Oriental or Dehli sore - Number 13
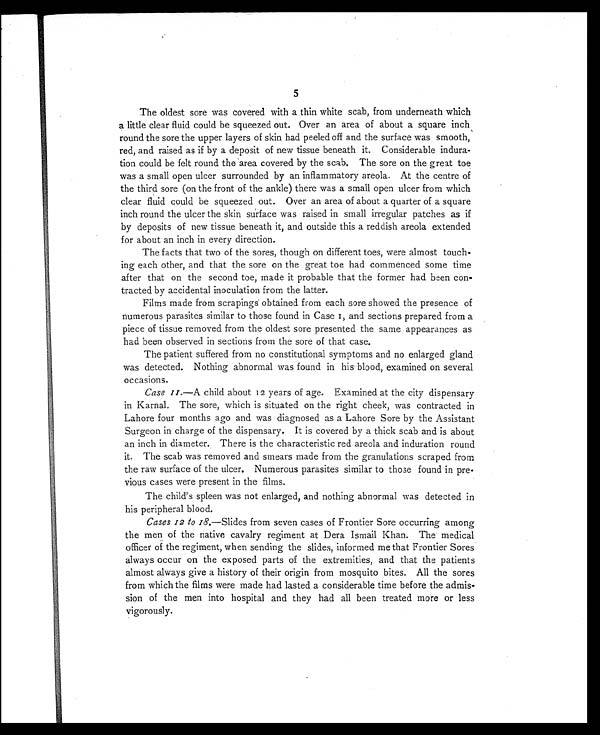
5
The oldest sore was covered with a thin white scab, from underneath which
a little clear fluid could be squeezed out. Over an area of about a square inch
round the sore the upper layers of skin had peeled off and the surface was smooth,
red, and raised as if by a deposit of new tissue beneath it. Considerable indura-
tion could be felt round the area covered by the scab. The sore on the great toe
was a small open ulcer surrounded by an inflammatory areola. At the centre of
the third sore (on the front of the ankle) there was a small open ulcer from which
clear fluid could be squeezed out. Over an area of about a quarter of a square
inch round the ulcer the skin surface was raised in small irregular patches as if
by deposits of new tissue beneath it, and outside this a reddish areola extended
for about an inch in every direction.
The facts that two of the sores, though on different toes, were almost touch-
ing each other, and that the sore on the great toe had commenced some time
after that on the second toe, made it probable that the former had been con-
tracted by accidental inoculation from the latter.
Films made from scrapings obtained from each sore showed the presence of
numerous parasites similar to those found in Case 1, and sections prepared from a
piece of tissue removed from the oldest sore presented the same appearances as
had been observed in sections from the sore of that case.
The patient suffered from no constitutional symptoms and no enlarged gland
was detected. Nothing abnormal was found in his blood, examined on several
occasions.
Case 11. —A child about 12 years of age. Examined at the city dispensary
in Karnal. The sore, which is situated on the right cheek, was contracted in
Lahore four months ago and was diagnosed as a Lahore Sore by the Assistant
Surgeon in charge of the dispensary. It is covered by a thick scab and is about
an inch in diameter. There is the characteristic red areola and induration round
it. The scab was removed and smears made from the granulations scraped from
the raw surface of the ulcer. Numerous parasites similar to those found in pre-
vious cases were present in the films.
The child's spleen was not enlarged, and nothing abnormal was detected in
his peripheral blood.
Cases 12 to 18. —Slides from seven cases of Frontier Sore occurring among
the men of the native cavalry regiment at Dera Ismail Khan. The medical
officer of the regiment, when sending the slides, informed me that Frontier Sores
always occur on the exposed parts of the extremities, and that the patients
almost always give a history of their origin from mosquito bites. All the sores
from which the films were made had lasted a considerable time before the admis-
sion of the men into hospital and they had all been treated more or less
vigorously.